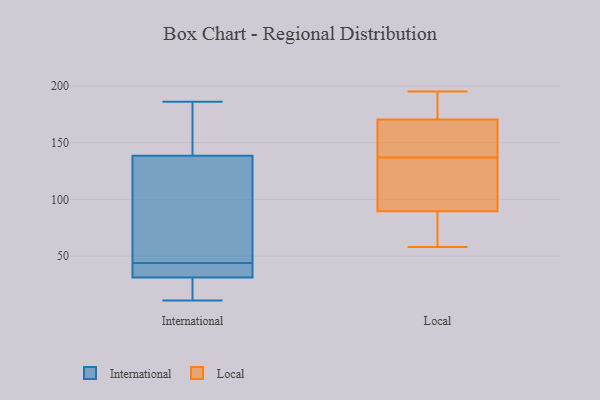
{"axis": {"x": "Production Output", "y": "Value"}, "legend": ["International", "Local"], "data": [{"x": "", "y": 35, "type": "International"}, {"x": "", "y": 140, "type": "International"}, {"x": "", "y": 162, "type": "International"}, {"x": "", "y": 11, "type": "International"}, {"x": "", "y": 44, "type": "International"}, {"x": "", "y": 138, "type": "International"}, {"x": "", "y": 41, "type": "International"}, {"x": "", "y": 128, "type": "International"}, {"x": "", "y": 107, "type": "International"}, {"x": "", "y": 13, "type": "International"}, {"x": "", "y": 20, "type": "International"}, {"x": "", "y": 186, "type": "International"}, {"x": "", "y": 41, "type": "International"}, {"x": "", "y": 112, "type": "Local"}, {"x": "", "y": 131, "type": "Local"}, {"x": "", "y": 80, "type": "Local"}, {"x": "", "y": 162, "type": "Local"}, {"x": "", "y": 137, "type": "Local"}, {"x": "", "y": 180, "type": "Local"}, {"x": "", "y": 176, "type": "Local"}, {"x": "", "y": 64, "type": "Local"}, {"x": "", "y": 137, "type": "Local"}, {"x": "", "y": 151, "type": "Local"}, {"x": "", "y": 194, "type": "Local"}, {"x": "", "y": 103, "type": "Local"}, {"x": "", "y": 99, "type": "Local"}, {"x": "", "y": 151, "type": "Local"}, {"x": "", "y": 165, "type": "Local"}, {"x": "", "y": 58, "type": "Local"}, {"x": "", "y": 187, "type": "Local"}, {"x": "", "y": 195, "type": "Local"}, {"x": "", "y": 60, "type": "Local"}, {"x": "", "y": 75, "type": "Local"}]}